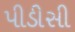
પીડીસી